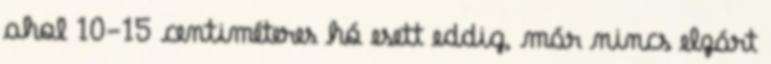
ahol 10-15 centiméteres hó esett eddig, már nincs elzárt